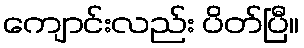
ကျောင်းလည်း ပိတ်ပြီ။